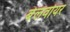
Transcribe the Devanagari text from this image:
बेलवोयर